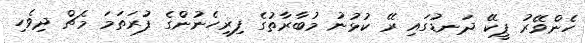
ހެންވޭރު ޕީކޭ ދަނޑުގައި ރޭ ކުޅުނު މުބާރާތުގެ ފިރިހެނުންގެ ފުރަތަމަ މެޗް ދިވެހި